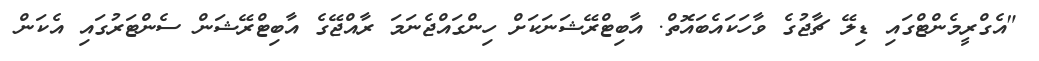
"އެގްރީމެންޓްގައި ޑިލޭ ޗާޖުގެ ވާހަކައެބައޮތް. އާބިޓްރޭޝަނަކަށް ހިންގައްޖެނަމަ ރާއްޖޭގެ އާބިޓްރޭޝަން ސެންޓަރުގައި އެކަން